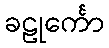
ခဠုင်္ကော